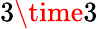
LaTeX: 3\time 3